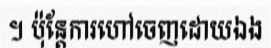
។ ប៉ុន្តែការហៅចេញដោយឯង